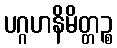
ပဂ္ဂဟနိမိတ္တဉ္စ